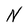
Character: N